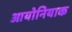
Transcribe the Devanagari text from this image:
आयोनियाक